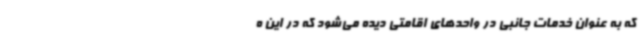
که به عنوان خدمات جانبی در واحدهای اقامتی دیده می‌شود که در این ه